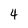
Character: 4